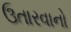
ઉતારવાનો